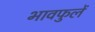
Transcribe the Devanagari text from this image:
भावफुलें